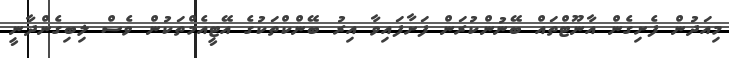
މިއަދުން ފެށިގެން އާނޫޓްތައް ބޭނުންކުރަން ފަށާފައިވާ އިރު ބޭންކްތަކުގެ އޭޓީއެމްތަކުން ވެސް ލިބިގެންދާނީ